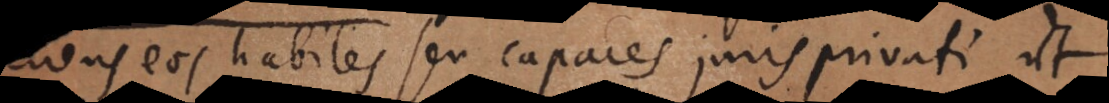
eos habiles seu capaces juris privati ut